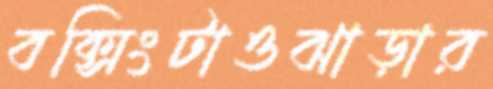
বক্সিংটাওঝাড়ার